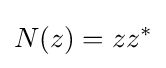
N(z)=zz^{*}